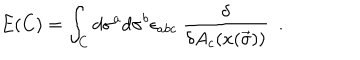
E ( C ) = \int _ { C } d \sigma ^ { a } d \sigma ^ { b } \epsilon _ { a b c } \ \frac { \delta } { \delta A _ { c } ( x ( \vec { \sigma } ) ) } \ \ .